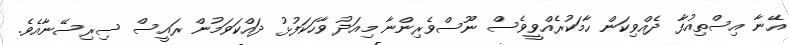
އޭނާ އިސްތިއުފާ ދެއްވިކަން ހާމަކުރެއްވީވެސް ނޫސްވެރިންނާ މިއަދު ވާހަކަފުޅު ދައްކަވަމުން ރައީސް ސިރިސޭނާއެވެ.